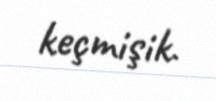
keçmişik.